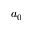
a _ { 0 }